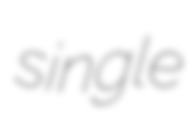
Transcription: single